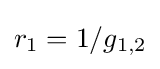
r_{1}=1/g_{1,2}